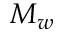
M _ { w }